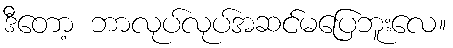
ဒီတော့ ဘာလုပ်လုပ်အဆင်မပြေဘူးလေ။